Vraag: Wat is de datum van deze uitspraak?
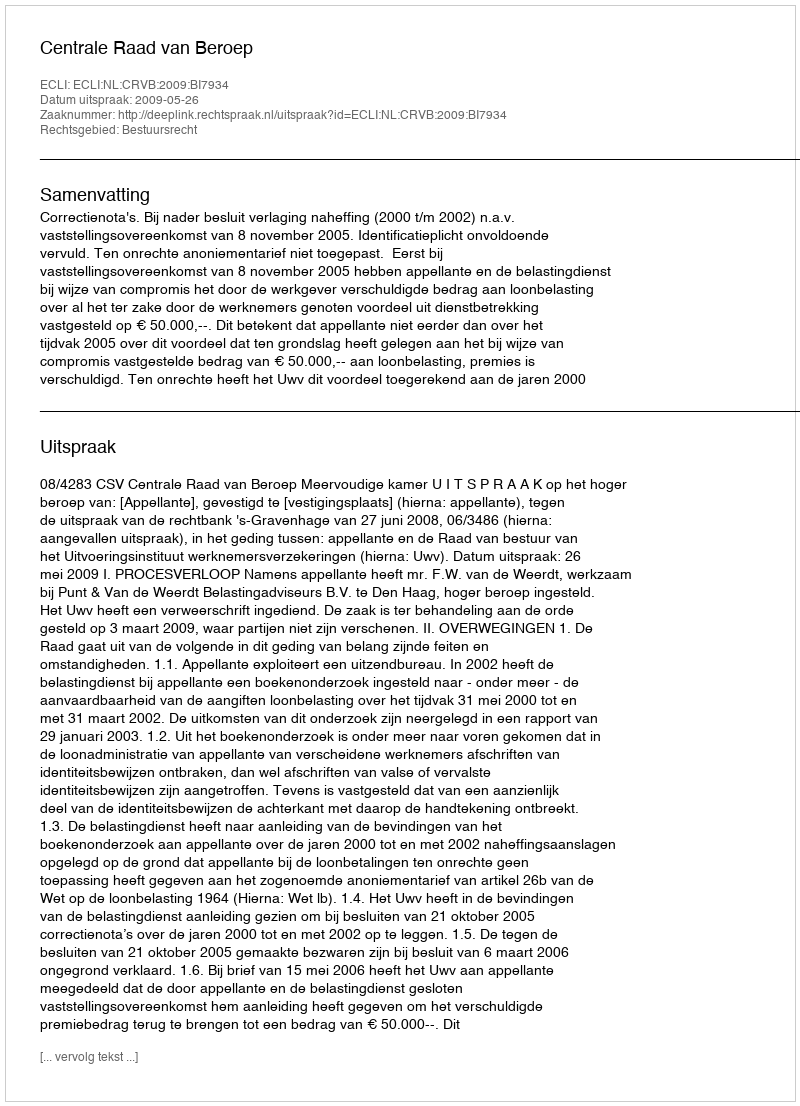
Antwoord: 2009-05-26